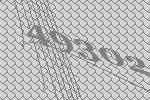
49302